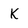
Character: K